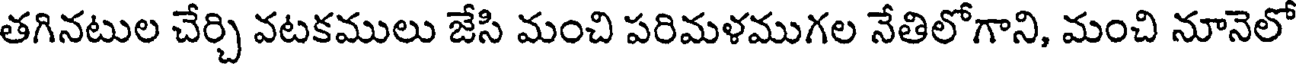
తగినటుల చేర్చి వటకములు జేసి మంచి పరిమళముగల నేతిలోగాని, మంచి నూనెలో